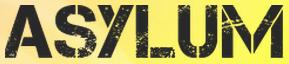
ASYLUM